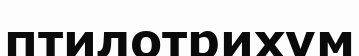
птилотрихум